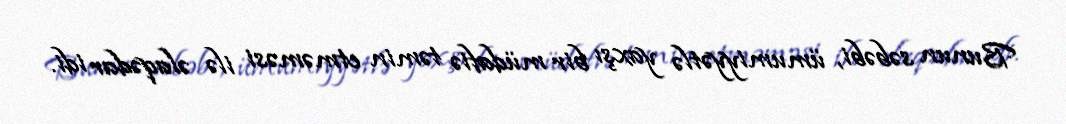
Bunun səbəbi, ümumiyyətlə yaxşı bir müdafiə təmin etməməsi ilə əlaqədar idi.